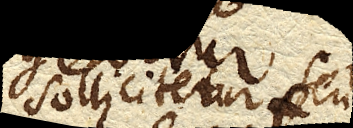
sollicitetur seu